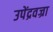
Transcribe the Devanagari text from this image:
उपेंद्रवज्रा